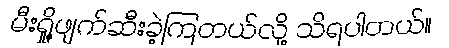
မီးရှို့ဖျက်ဆီးခဲ့ကြတယ်လို့ သိရပါတယ်။